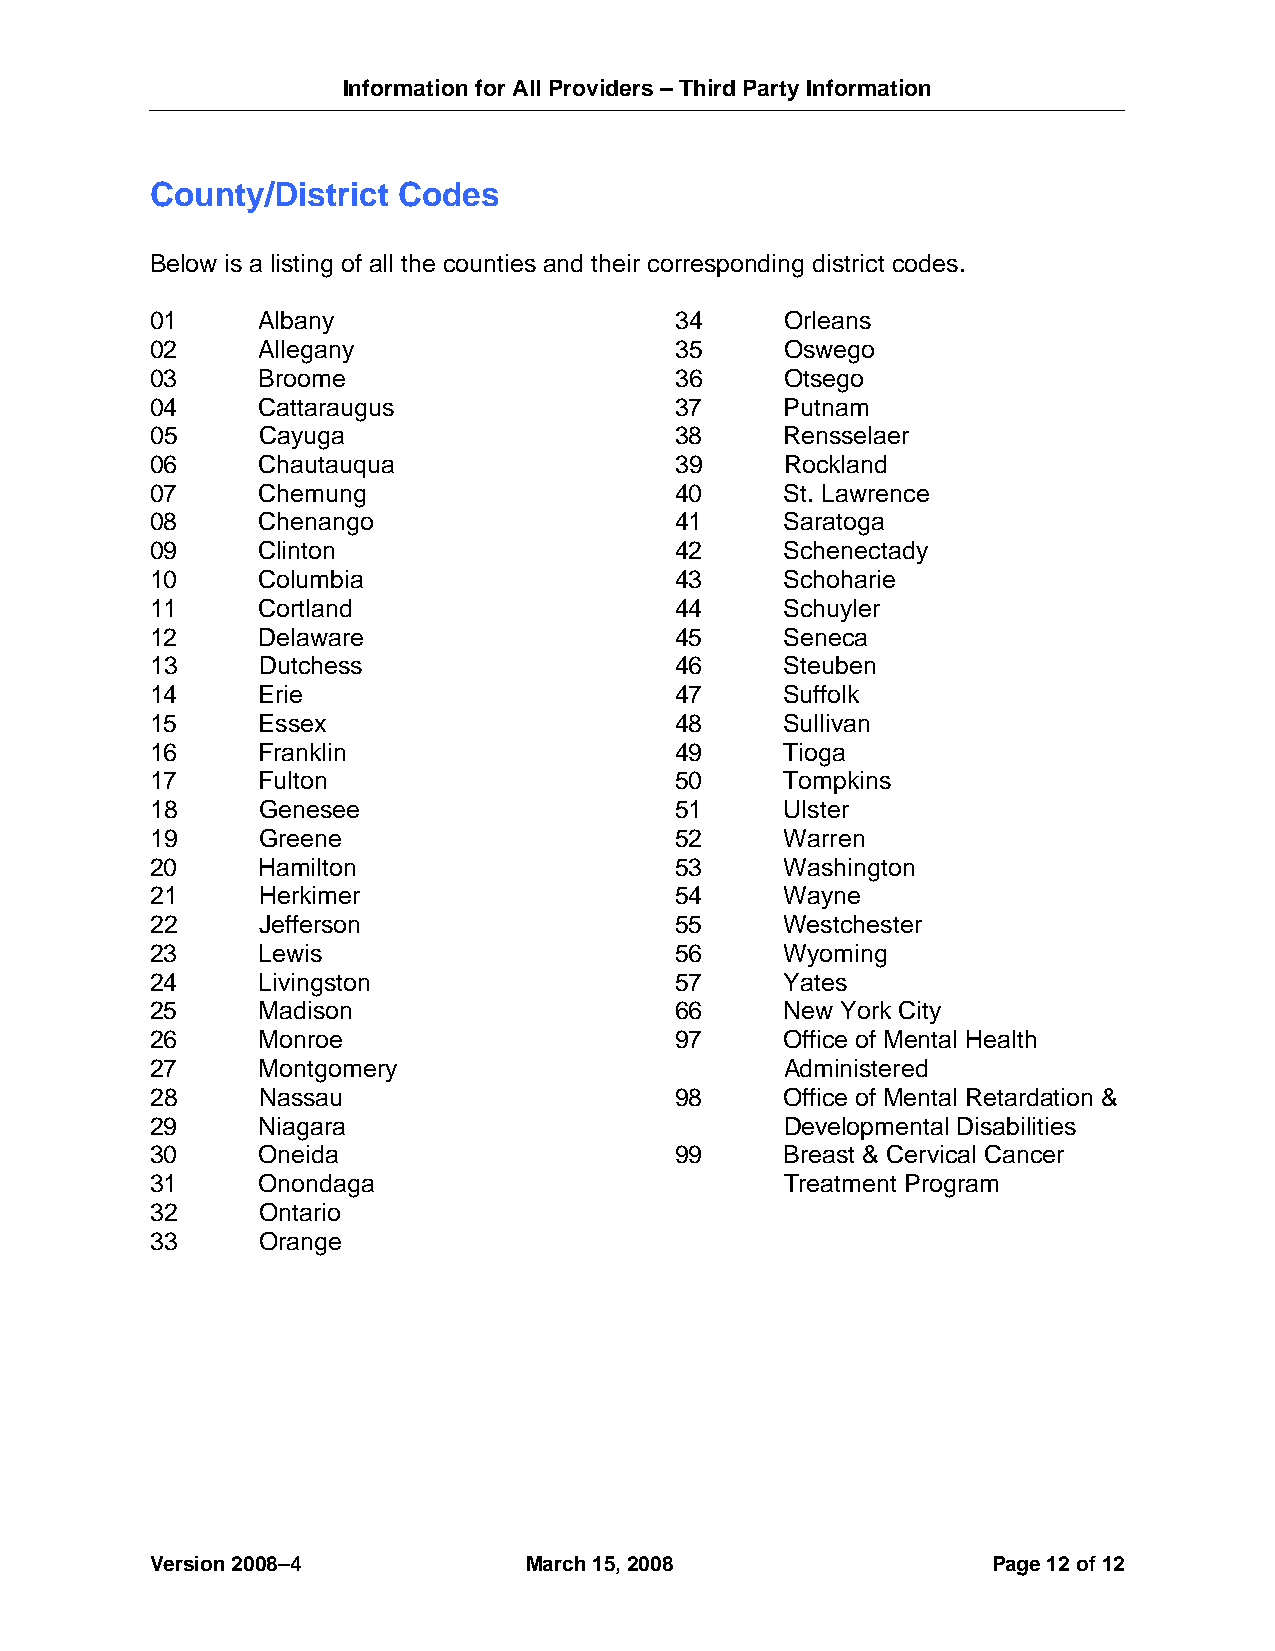
Information for All Providers – Third Party Information
 County/District Codes
 Below is a listing of all the counties and their corresponding district codes.
 01     Albany                      34     Orleans
 02     Allegany                    35     Oswego
 03     Broome                      36     Otsego
 04     Cattaraugus                 37     Putnam
 05     Cayuga                      38     Rensselaer
 06     Chautauqua                  39     Rockland
 07     Chemung                     40     St. Lawrence
 08     Chenango                    41     Saratoga
 09     Clinton                     42     Schenectady
 10     Columbia                    43     Schoharie
 11     Cortland                    44     Schuyler
 12     Delaware                    45     Seneca
 13     Dutchess                    46     Steuben
 14     Erie                        47     Suffolk
 15     Essex                       48     Sullivan
 16     Franklin                    49     Tioga
 17     Fulton                      50     Tompkins
 18     Genesee                     51     Ulster
 19     Greene                      52     Warren
 20     Hamilton                    53     Washington
 21     Herkimer                    54     Wayne
 22     Jefferson                   55     Westchester
 23     Lewis                       56     Wyoming
 24     Livingston                  57     Yates
 25     Madison                     66     New York City
 26     Monroe                      97     Office of Mental Health
 27     Montgomery                         Administered
 28     Nassau                      98     Office of Mental Retardation &
 29     Niagara                            Developmental Disabilities
 30     Oneida                      99     Breast & Cervical Cancer
 31     Onondaga                           Treatment Program
 32     Ontario
 33     Orange
 Version 2008–4           March 15, 2008                 Page 1 2 of 12